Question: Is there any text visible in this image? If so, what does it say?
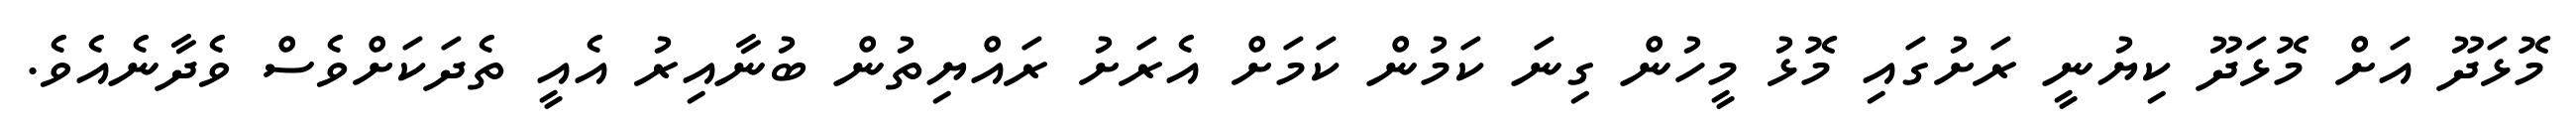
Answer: މޮޅަދޫ އަށް މޮޅަދޫ ކިޔުނީ ރަށުގައި މޮޅު މީހުން ގިނަ ކަމުން ކަމަށް އެރަށު ރައްޔިތުން ބުނާއިރު އެއީ ތެދަކަށްވެސް ވެދާނެއެވެ.